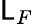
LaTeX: \mathsf{L}_{F}